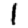
Digit: 1